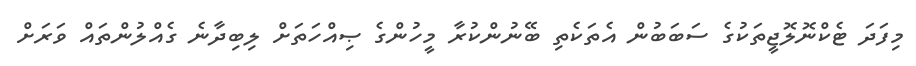
މިފަދަ ޓެކްނޮލޮޖީތަކުގެ ސަބަބުން އެތަކެތި ބޭނުންކުރާ މީހުންގެ ޞިއްހަތަށް ލިބިދާނެ ގެއްލުންތައް ވަރަށް